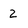
Character: 2